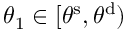
\theta _ { 1 } \in [ \theta ^ { \mathrm { { s } } } , \theta ^ { \mathrm { { d } } } )